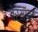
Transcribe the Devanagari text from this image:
वेरमॉण्ट